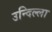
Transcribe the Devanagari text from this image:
उन्दिल्ला